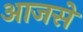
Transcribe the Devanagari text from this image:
आजसे